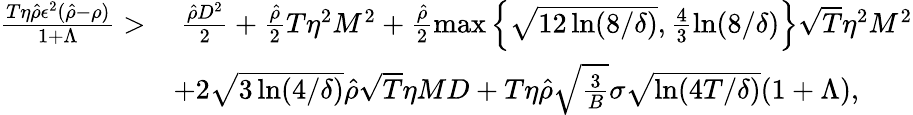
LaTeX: \begin{array}{rl}{\frac{T\eta\hat{\rho}\epsilon^{2}(\hat{\rho}-\rho)}{1+\Lambda}>}&{~\frac{\hat{\rho}D^{2}}{2}+\frac{\hat{\rho}}{2}T\eta^{2}M^{2}+\frac{\hat{\rho}}{2}\operatorname*{max}\left\{ \sqrt{12\ln(8/\delta)},\frac{4}{3}\ln(8/\delta)\right\} \sqrt{T}\eta^{2}M^{2}}\\ &{+2\sqrt{3\ln(4/\delta)}\hat{\rho}\sqrt{T}\eta MD+T\eta\hat{\rho}\sqrt{\frac{3}{B}}\sigma\sqrt{\ln(4T/\delta)}(1+\Lambda),}\end{array}